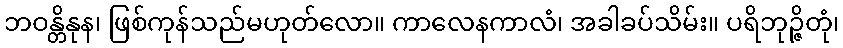
ဘဝန္တိနုန၊ ဖြစ်ကုန်သည်မဟုတ်လော။ ကာလေနကာလံ၊ အခါခပ်သိမ်း။ ပရိဘုဉ္ဇိတုံ၊